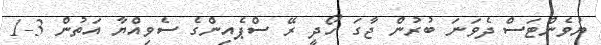
ޔުވެންޓަސް ދެވަނަ ބުރުން ޖާގަ ހޯދީ ރޭ ސްޕެއިންގެ ސެވިއްޔާ އަތުން 3-1